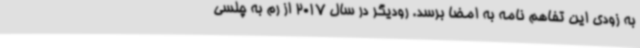
به زودی این تفاهم نامه به امضا برسد. رودیگر در سال 2017 از رم به چلسی